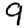
Digit: 9